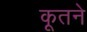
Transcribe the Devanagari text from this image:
कूतने